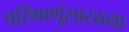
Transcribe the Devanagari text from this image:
परिंमाणूंसारख्या